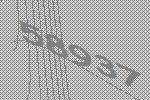
58937